Riigikantselei, lk 5
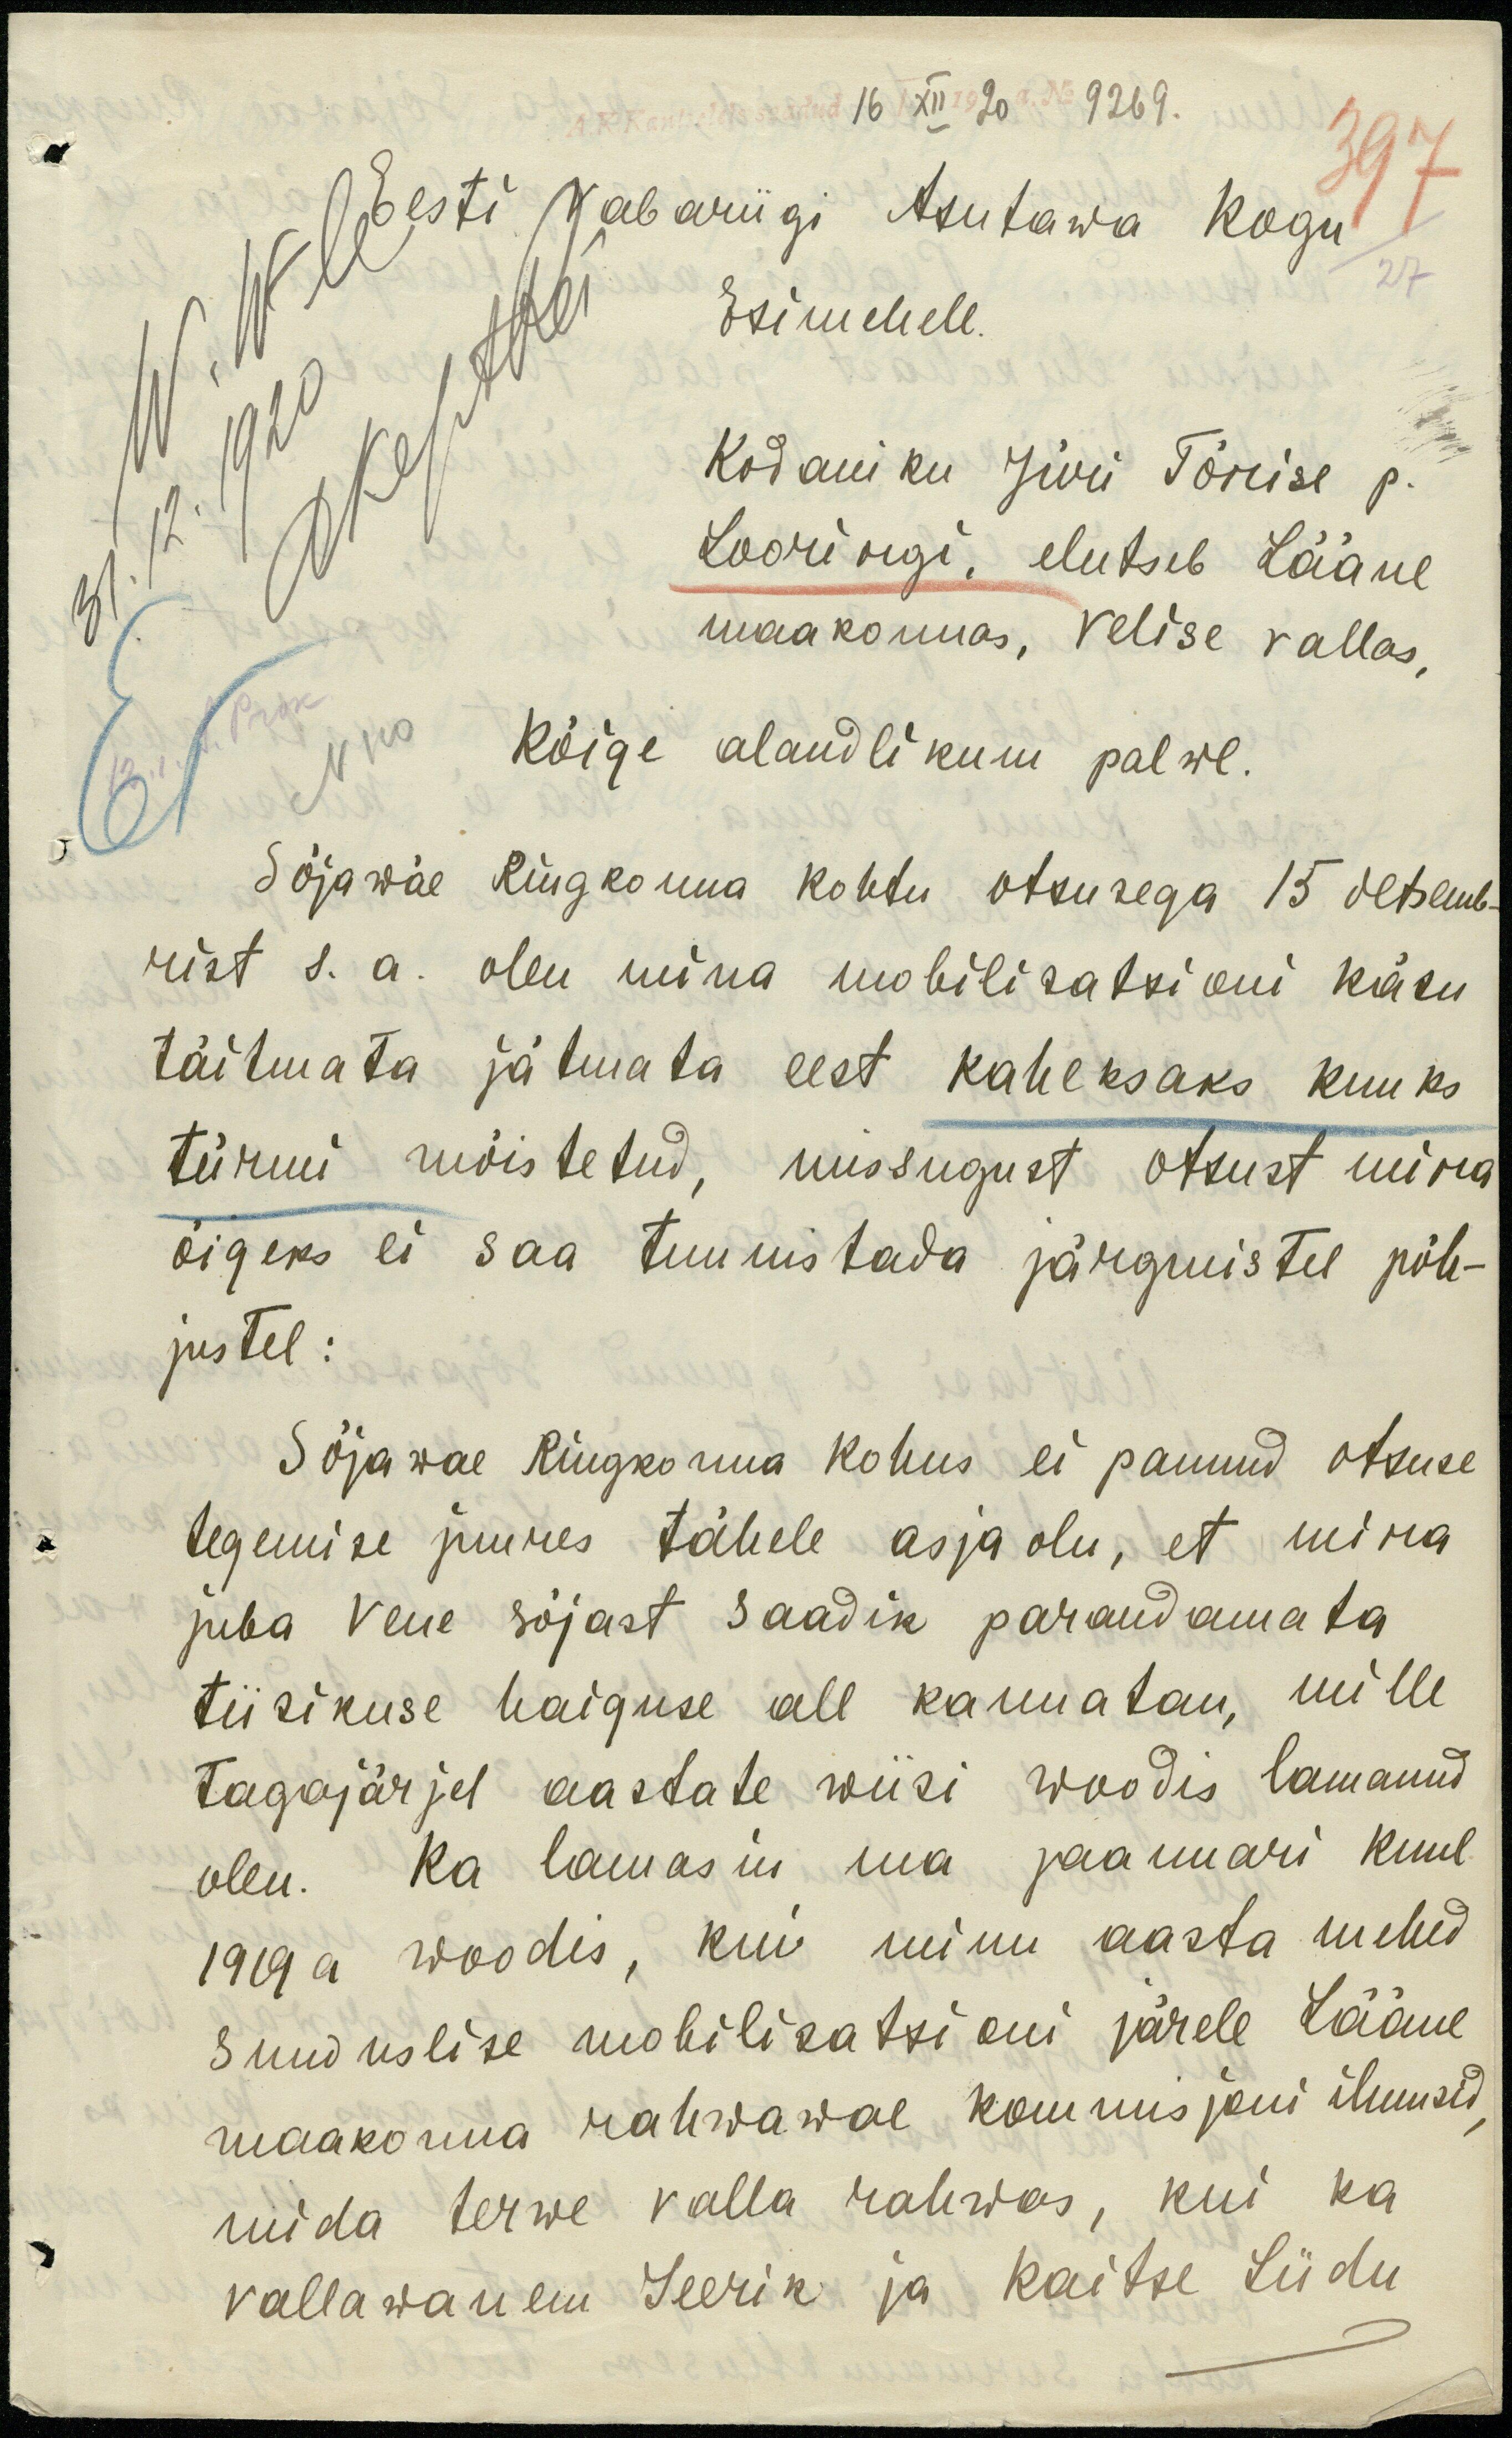
16 XII 1920 a. No 9269.
Vabariigi Asutawa kogu
Esimehele.
W. W-le
Okef ARei
Kodaniku Jüri Tõnise p.
Looringi, elutseb Lääne
maakonnas, Velise vallas,
Kõige alandlikum palwe.
Sõjawäe Ringkonna kohtu otsusega 15 detsemb-
rist s.a. olen mina mobilisatsioni käsu
täitmata jätmata eest kaheksaks kuuks
türmi mõistetud, missugust otsust mina
õigeks ei saa tunnistada järgmistel põh-
justel:
Sõjawäe Ringkonna kohus ei pannud otsuse
tegemise juures tähele asjaolu, et mina
juba Vene sõjast saadik parandamata
tiisikuse haiguse all kannatan, mille
tagajärjel aastate wiisi woodis lamanud
olen. Ka lamasin ma jaanuari kuul-
1919 a woodis, kui minu aasta mehed
Sunduslise mobilisatsioni järele Lääne
maakonna rahwawae kommisjoni ilmusid,
mida terwe valla rahwas, kui ka
vallawanem Seerik ja kaitse Liidu